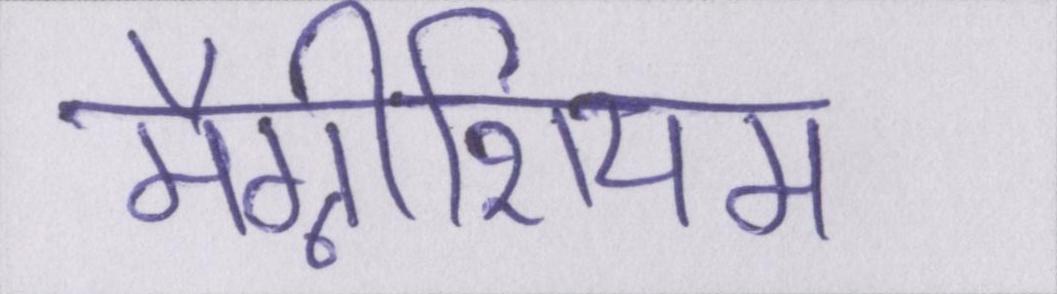
मैग्नीशियम